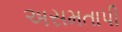
અસમતાપી